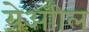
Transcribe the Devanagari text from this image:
येआील